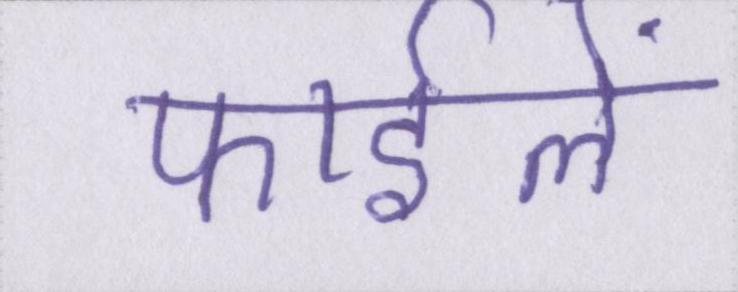
फाईलें